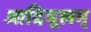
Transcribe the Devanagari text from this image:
आदिमूलम्